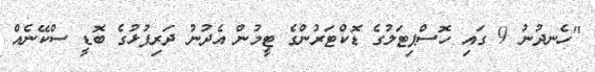
"ހެނދުނު 9 ގައި ހޮސްޕިޓަލުގެ ޑޮކްޓަރުންގެ ޓީމުން އެދުނު ދަރިފުޅުގެ ބޮޑީ ސްކޭނެއް